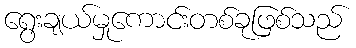
ရွေးချယ်မှုကောင်းတစ်ခုဖြစ်သည်